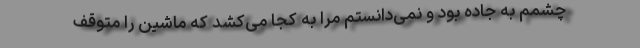
چشمم به جاده بود و نمی‌دانستم مرا به کجا می‌کشد که ماشین را متوقف